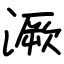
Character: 㵐